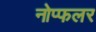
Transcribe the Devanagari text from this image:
नोप्फलर